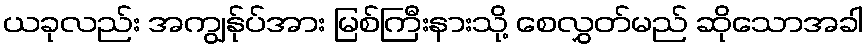
ယခုလည်း အကျွန်ုပ်အား မြစ်ကြီးနားသို့ စေလွှတ်မည် ဆိုသောအခါ